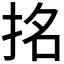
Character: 𭠬